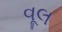
વૂલ